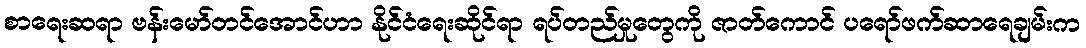
စာရေးဆရာ ဗန်းမော်တင်အောင်ဟာ နိုင်ငံရေးဆိုင်ရာ ရပ်တည်မှုတွေကို ဇာတ်ကောင် ပရော်ဖက်ဆာရေချမ်းက